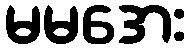
မမအေး